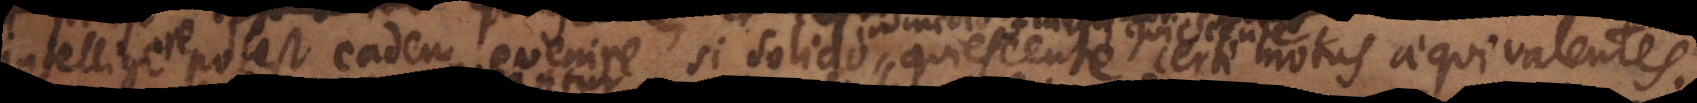
intelligere potest eadem evenire, si solido quiescente certi motus aequivalentes